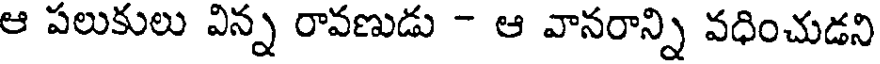
ఆ పలుకులు విన్న రావణుడు - ఆ వానరాన్ని వధించుడని